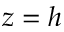
z = h